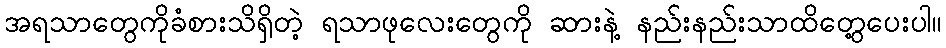
အရသာတွေကိုခံစားသိရှိတဲ့ ရသာဖုလေးတွေကို ဆားနဲ့ နည်းနည်းသာထိတွေ့ပေးပါ။